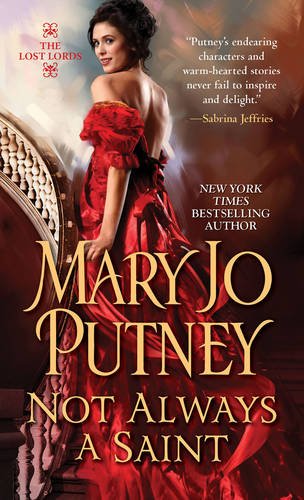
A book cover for Not Always a Saint (Lost Lords); Mary Jo Putney; Romance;